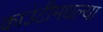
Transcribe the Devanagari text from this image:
काउंटीमधल्या